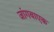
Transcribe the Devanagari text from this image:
जांगबाएक